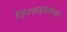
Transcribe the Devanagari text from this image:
पिंपळवृक्षाच्या